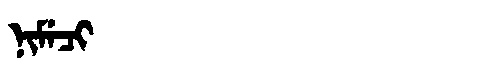
Manchu: ᠨᡳᠮᡝᠴᡳ
Romanization: NIMECI